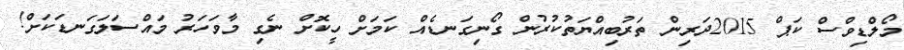
މޯލްޑިވްސް ކަޕް 2015ދަރިން ތަރުބިއްޔަތުކުރުން ގޯނިގަނޑެއް ކަމަށް ހީކޮށް ނެގި މާވަހަރު މައްސަލަގަނޑަކަށް!